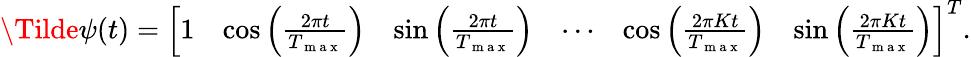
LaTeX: \begin{array}{r}{\Tilde{\psi}(t)=\left[\begin{array}{llllll}{1}&{\cos{\left(\frac{2\pi t}{T_{\mathrm{~m~a~x~}}}\right)}}&{\sin{\left(\frac{2\pi t}{T_{\mathrm{~m~a~x~}}}\right)}}&{\cdots}&{\cos{\left(\frac{2\pi Kt}{T_{\mathrm{~m~a~x~}}}\right)}}&{\sin{\left(\frac{2\pi Kt}{T_{\mathrm{~m~a~x~}}}\right)}}\end{array}\right]^{T}.}\end{array}